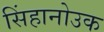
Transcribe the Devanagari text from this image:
सिंहानोउक